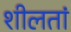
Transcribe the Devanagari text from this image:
शीलतां